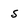
Character: S